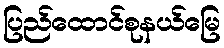
ပြည်ထောင်စုနယ်မြေ